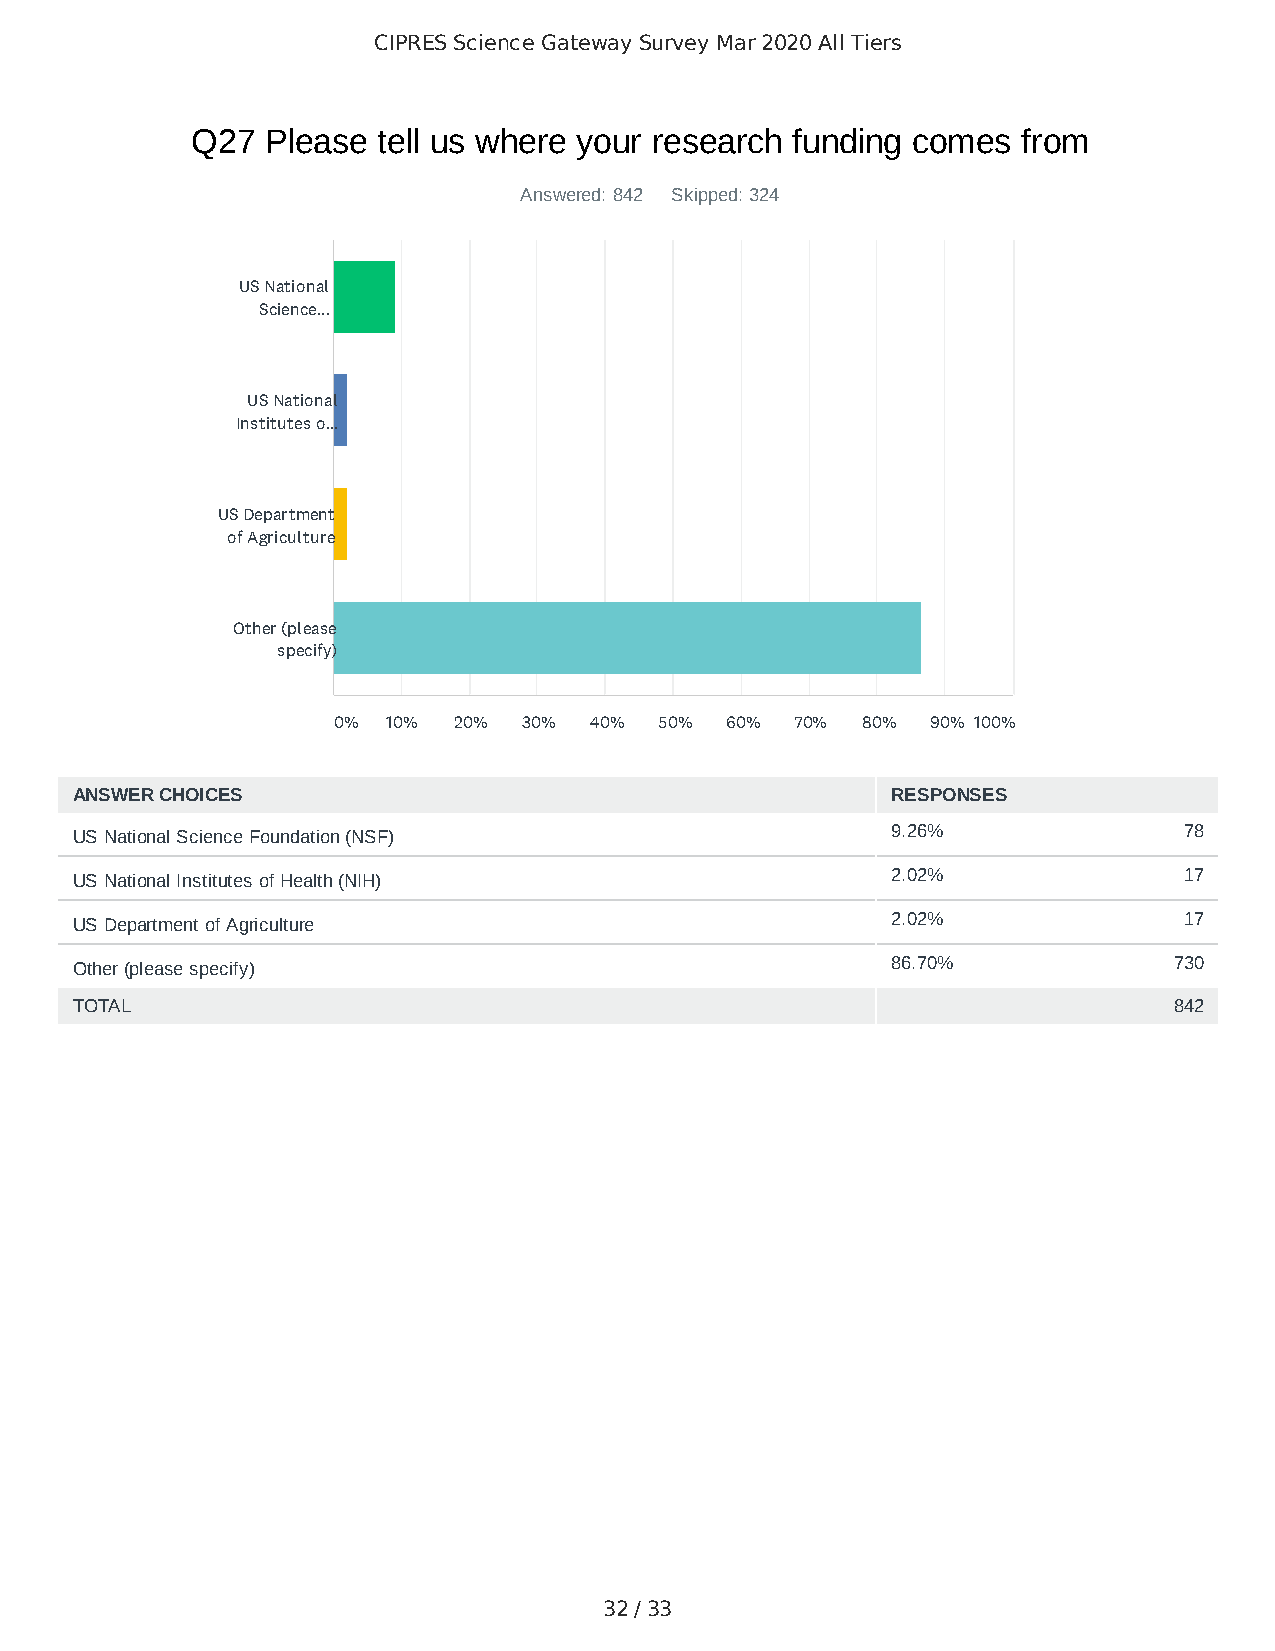
CIPRES Science Gateway Survey Mar 2020 All Tiers
 Q27  Please tell us where your research funding comes  from
 Answered: 842 Skipped: 324
 US National
 Science...
 US National
 Institutes o...
 US Department
 of Agriculture
 Other (please
 specify)
 0%  10% 20%  30% 40%  50% 60%  70% 80%  90% 100%
 ANSWER CHOICES                                        RESPONSES
 US National Science Foundation (NSF)                  9.26%              78
 US National Institutes of Health (NIH)                2.02%              17
 US Department of Agriculture                          2.02%              17
 Other (please specify)                                86.70%             730
 TOTAL                                                                    842
 32 / 33